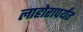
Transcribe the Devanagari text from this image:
लाहोरापर्यंत